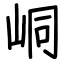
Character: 峒